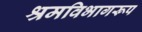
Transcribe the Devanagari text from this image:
श्रमविभागरूप